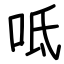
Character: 呧